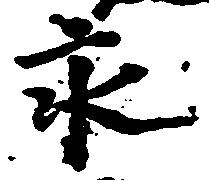
永